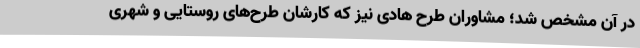
در آن مشخص شد؛ مشاوران طرح هادی نیز که کارشان طرح‌های روستایی و شهری